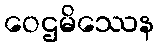
ဝေဌမိဿေန